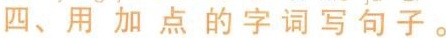
四、用加点的字词写句子